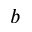
b